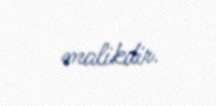
malikdir.